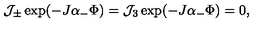
{ \cal J } _ { \pm } \exp ( - J \alpha _ { - } \Phi ) = { \cal J } _ { 3 } \exp ( - J \alpha _ { - } \Phi ) = 0 ,